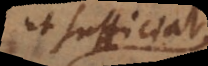
ut sufficiat